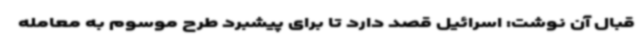
قبال آن نوشت: اسرائیل قصد دارد تا برای پیشبرد طرح موسوم به معامله